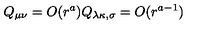
Q _ { \mu \nu } = O ( r ^ { a } ) Q _ { \lambda \kappa , \sigma } = O ( r ^ { a - 1 } )